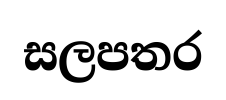
සලපතර